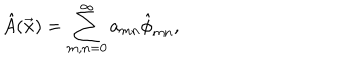
LaTeX: \hat { A } ( \vec { \bf x } ) = \sum _ { m , n = 0 } ^ { \infty } a _ { m n } \hat { \phi } _ { m n } ,